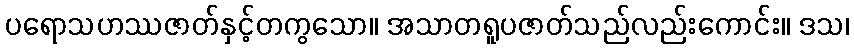
ပရောသဟဿဇာတ်နှင့်တကွသော။ အသာတရူပဇာတ်သည်လည်းကောင်း။ ဒသ၊